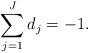
LaTeX: \begin{align*}\sum_{j=1}^J d_j = -1 .\end{align*}